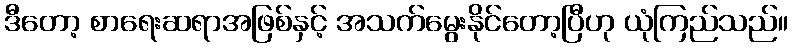
ဒီတော့ စာရေးဆရာအဖြစ်နှင့် အသက်မွေးနိုင်တော့ပြီဟု ယုံကြည်သည်။